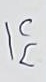
บน